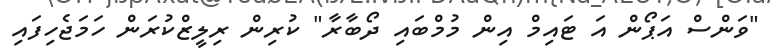
"ވަންސް އަޕޯން އަ ޓައިމް އިން މުމްބައި ދޯބާރާ" ކުރިން ރިލީޒްކުރަން ހަމަޖެހިފައި